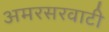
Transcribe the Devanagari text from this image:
अमरसरवाटी